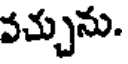
వచ్చును.